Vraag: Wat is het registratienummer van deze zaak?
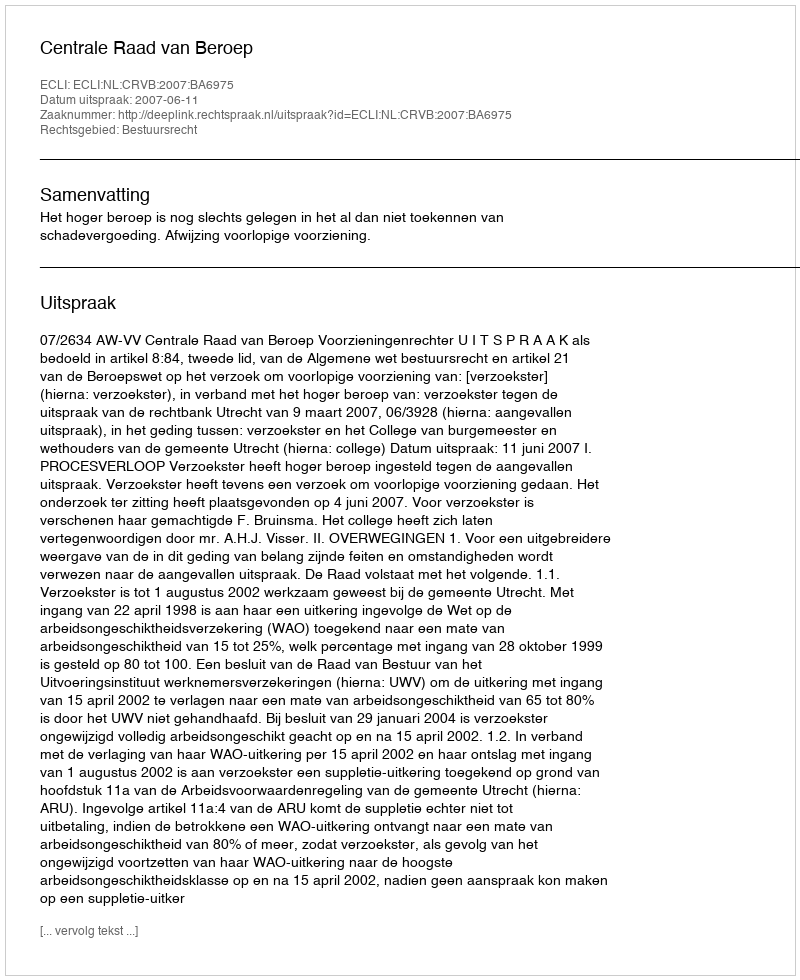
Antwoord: http://deeplink.rechtspraak.nl/uitspraak?id=ECLI:NL:CRVB:2007:BA6975